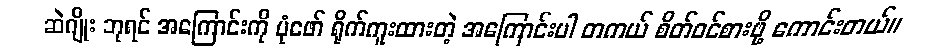
ဆဲဂျိုး ဘုရင် အကြောင်းကို ပုံဖော် ရိုက်ကူးထားတဲ့ အကြောင်းပါ တကယ် စိတ်ဝင်စားဖို့ ကောင်းတယ်။